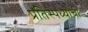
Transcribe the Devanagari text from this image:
प्रतिस्पध्याची